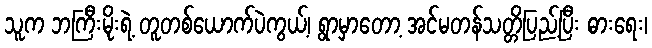
သူက ဘကြီးမိုးရဲ့ တူတစ်ယောက်ပဲကွယ့်၊ ရွာမှာတော့ အင်မတန်သတ္တိပြည့်ပြီး ဓားရေး၊